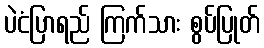
ပဲငံပြာရည် ကြက်သား စွပ်ပြုတ်